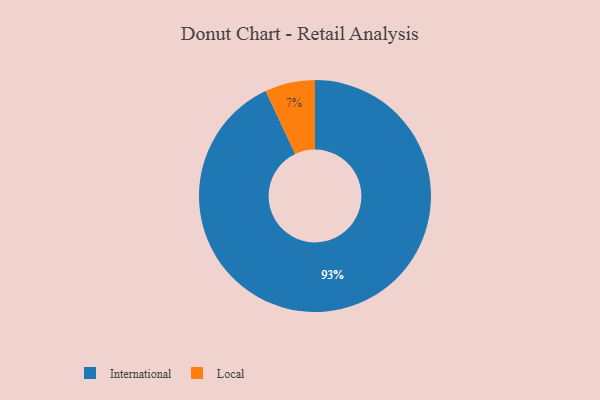
{"axis": {"x": "Category", "y": "Percentage"}, "legend": ["International", "Local"], "data": [{"x": "International", "y": 93, "type": "International"}, {"x": "Local", "y": 7, "type": "Local"}]}